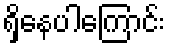
ရှိနေပါကြောင်း